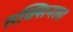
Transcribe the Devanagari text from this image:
तक्सिनला